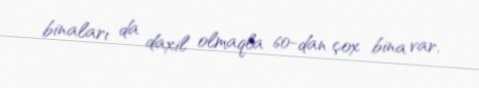
binaları da daxil olmaqla 60-dan çox bina var.